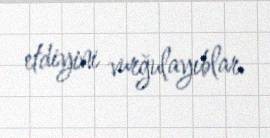
etdiyini vurğulayıblar.